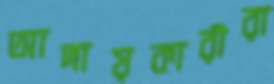
আদায়কারীরা